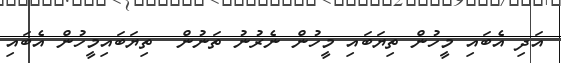
އަދި އެބައި މީހުން ތިޔަބައި މީހުން ނެރުނު ތަނުން  ތިޔަބައިމީހުން އެބައި